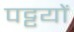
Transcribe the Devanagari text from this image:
पट्टयों